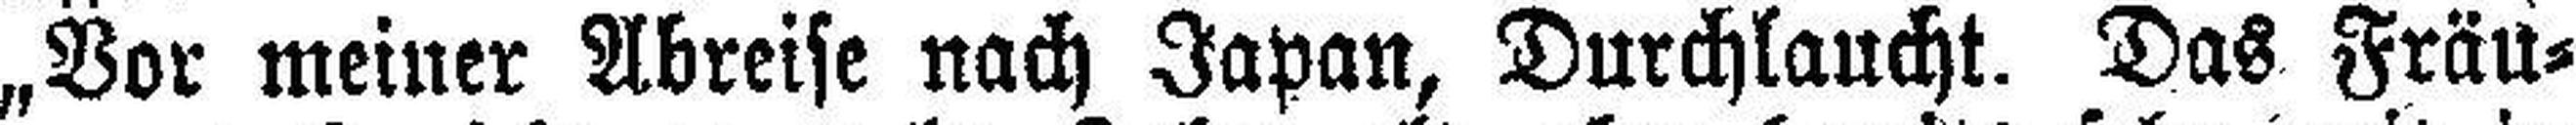
„Vor meiner Abreise nach Japan, Durchlaucht. Das Fräu¬